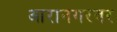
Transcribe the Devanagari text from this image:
आरानगरवर